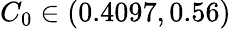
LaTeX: C_{0}\in(0.4097,0.56)